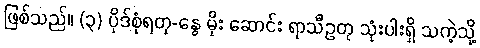
ဖြစ်သည်။ (၃) ပိုဒ်စုံရတု-နွေ မိုး ဆောင်း ရာသီဥတု သုံးပါးရှိ သကဲ့သို့